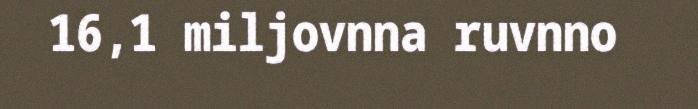
16,1 miljovnna ruvnno